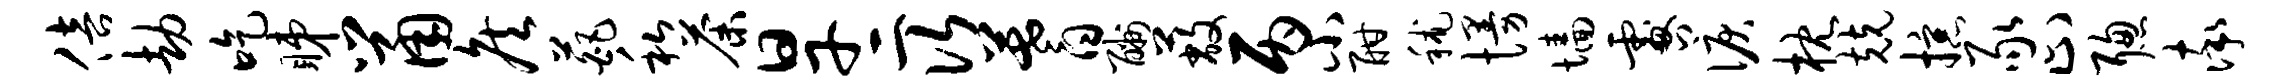
倍劫吃睇鼠侯葩私荼旱二次蓍酬蔽丙小酣秫慢墙咎泪枕兢掠豕止聪率